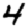
Digit: 4